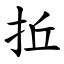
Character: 拞